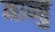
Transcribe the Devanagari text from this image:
नान्हु